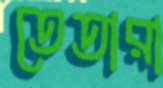
তেতারা